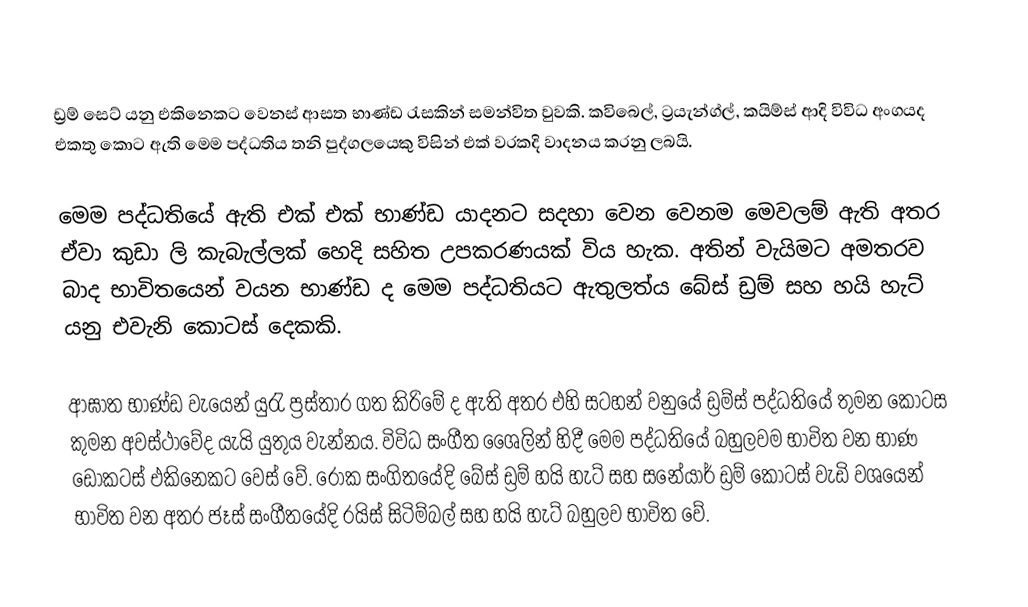
ඩ්‍රම් සෙට් යනු එකිනෙකට වෙනස් ආසත භාණ්ඩ රැසකින් සමන්විත වුවකි. කවිබෙල්, ට්‍රයැන්ග්ල්, කයිම්ස් ආදි විවිධ අංගයද එකතු කොට ඇති මෙම පද්ධතිය තනි පුද්ගලයෙකු විසින් එක් වරකදි වාදනය කරනු ලබයි.

මෙම පද්ධතියේ ඇති එක් එක් භාණ්ඩ යාදනට සදහා වෙන වෙනම මෙවලම් ඇති අතර ඒවා කුඩා ලි කැබැල්ලක් හෙදි සහිත උපකරණයක් විය හැක. අතින් වැයිමට අමතරව බාද භාවිතයෙන් වයන භාණ්ඩ ද මෙම පද්ධතියට ඇතුලත්ය බේස් ඩ්‍රම් සහ හයි හැට් යනු එවැනි කොටස් දෙකකි.

ආඝාත භාණ්ඩ වැයෙන් යුරැ ප්‍රස්තාර ගත කිරිමේ ද ඇති  අතර එහි සටහන් වනුයේ ඩ්‍රම්ස් පද්ධතියේ තුමන කොටස කුමන අවස්ථාවේද යැයි යුතුය වැන්නය. විවිධ සංගීත ශෛලින් හිදී මෙම පද්ධතියේ බහුලවම භාවිත වන භාණ ඩොකටස් එකිනෙකට වෙස් වේ. රෝක සංගිතයේදි බේස් ඩ්‍රම් හයි හැට් සහ සනේයාර් ඩ්‍රම් කොටස් වැඩි වශයෙන් භාවිත වන අතර ජෑස් සංගීතයේදි රයිස් සිටිම්බල් සහ හයි හැට් බහුලව භාවිත වේ.